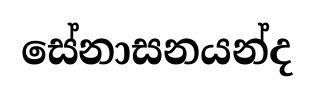
සේනාසනයන්ද